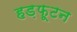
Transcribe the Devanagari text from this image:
हड़फूटन